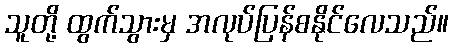
သူတို့ ထွက်သွားမှ အလုပ်ပြန်စနိုင်လေသည်။